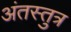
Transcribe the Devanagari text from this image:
अंतस्तुत्र